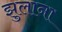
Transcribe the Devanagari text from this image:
झुलाना